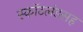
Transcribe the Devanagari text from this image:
स्कॉटलंडसह